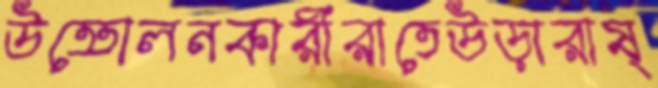
উত্তোলনকারীরাতেউড়ারাষ্